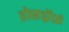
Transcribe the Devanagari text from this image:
हौसड्रॉर्फ़